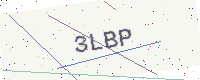
Text: 3LBP